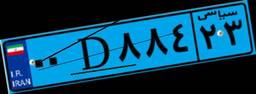
۰۰D۸۸۴۲۳